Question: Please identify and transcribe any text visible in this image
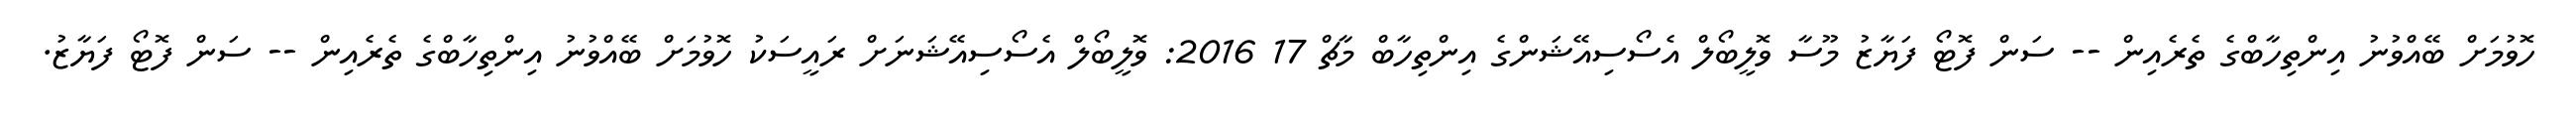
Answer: ހޮވުމަށް ބޭއްވުނު އިންތިހާބްގެ ތެރެއިން -- ސަން ފޮޓޯ ފަޔާޒު މޫސާ ވޮލީބޯލް އެސޯސިއޭޝަންގެ އިންތިހާބް މާޗް 17 2016: ވޮލީބޯލް އެސޯސިއޭޝަނަށް ރައީސަކު ހޮވުމަށް ބޭއްވުނު އިންތިހާބްގެ ތެރެއިން -- ސަން ފޮޓޯ ފަޔާޒު.